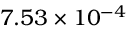
7 . 5 3 \times 1 0 ^ { - 4 }